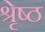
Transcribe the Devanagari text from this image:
श्रृेष्ठ